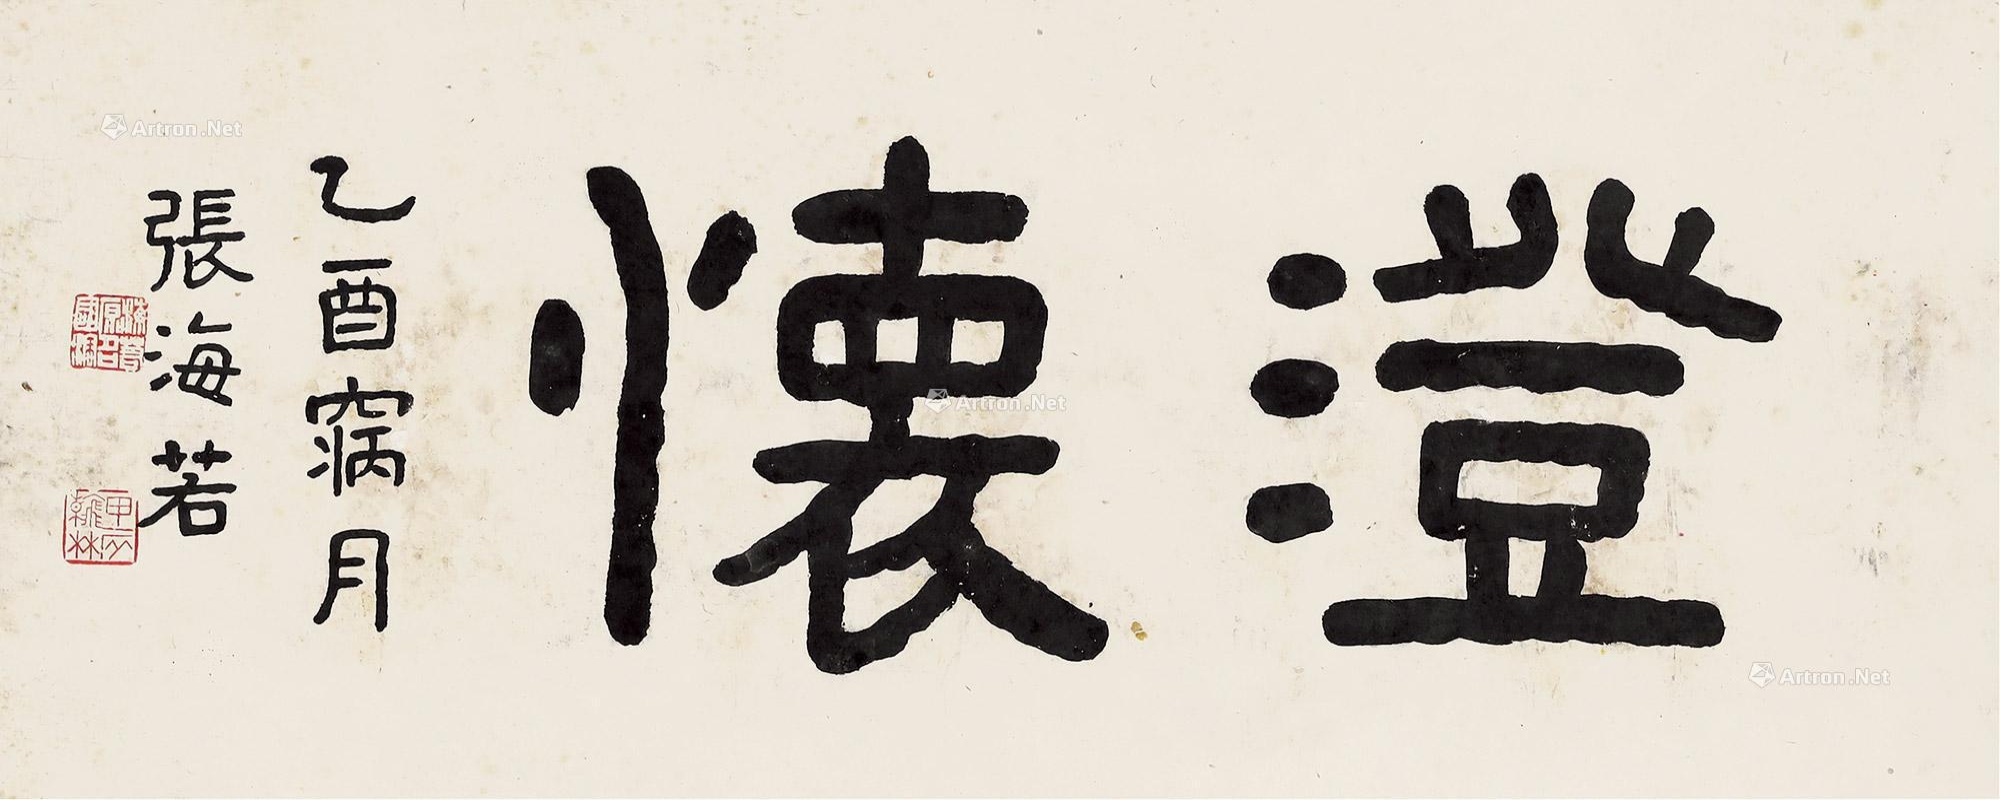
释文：澄怀。乙酉窉月，张海若。